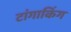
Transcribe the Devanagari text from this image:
टांगाकिंग